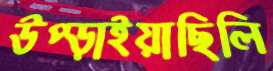
উপ্‌ড়াইয়াছিলি